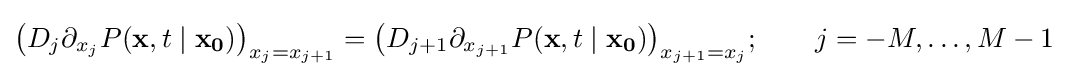
{\big (}D_{j}\partial _{x_{j}}P(\mathbf {x} ,t\mid \mathbf {x_{0}} ){\big )}_{x_{j}=x_{j+1}}={\big (}D_{j+1}\partial _{x_{j+1}}P(\mathbf {x} ,t\mid \mathbf {x_{0}} ){\big )}_{x_{j+1}=x_{j}};\qquad j=-M,\ldots ,M-1